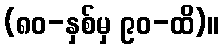
(၈၀-နှစ်မှ ၉၀-ထိ)။